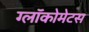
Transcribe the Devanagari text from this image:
ग्लॉकोमेटस